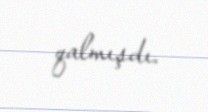
qalmışdı.